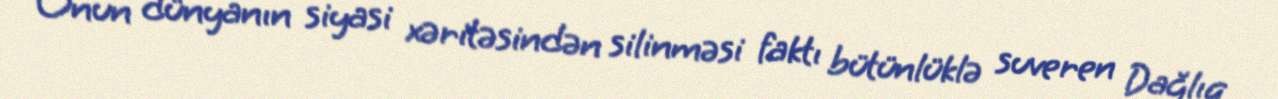
Onun dünyanın siyasi xəritəsindən silinməsi faktı bütünlüklə suveren Dağlıq